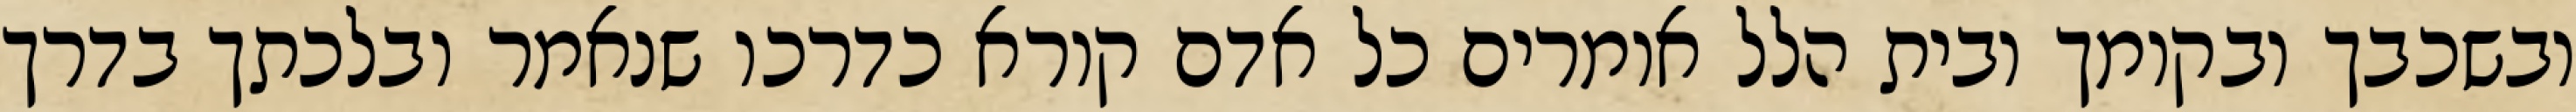
ובשכבך ובקומך ובית הלל אומרים כל אדם קורא כדרכו שנאמר ובלכתך בדרך